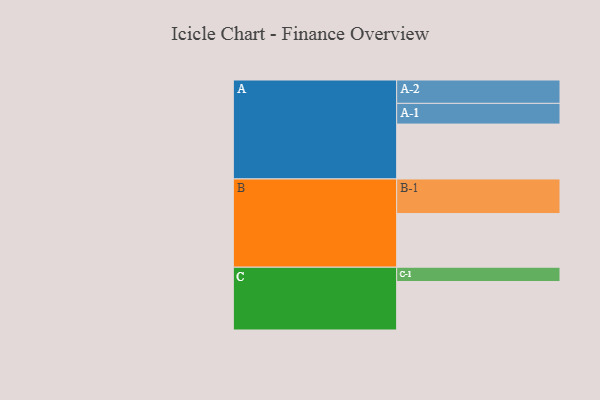
{"axis": {"x": "Segment", "y": "Value"}, "legend": ["", "A", "B", "C"], "data": [{"x": "A", "y": 411, "type": ""}, {"x": "B", "y": 402, "type": ""}, {"x": "C", "y": 363, "type": ""}, {"x": "A-1", "y": 155, "type": "A"}, {"x": "A-2", "y": 175, "type": "A"}, {"x": "B-1", "y": 259, "type": "B"}, {"x": "C-1", "y": 107, "type": "C"}]}